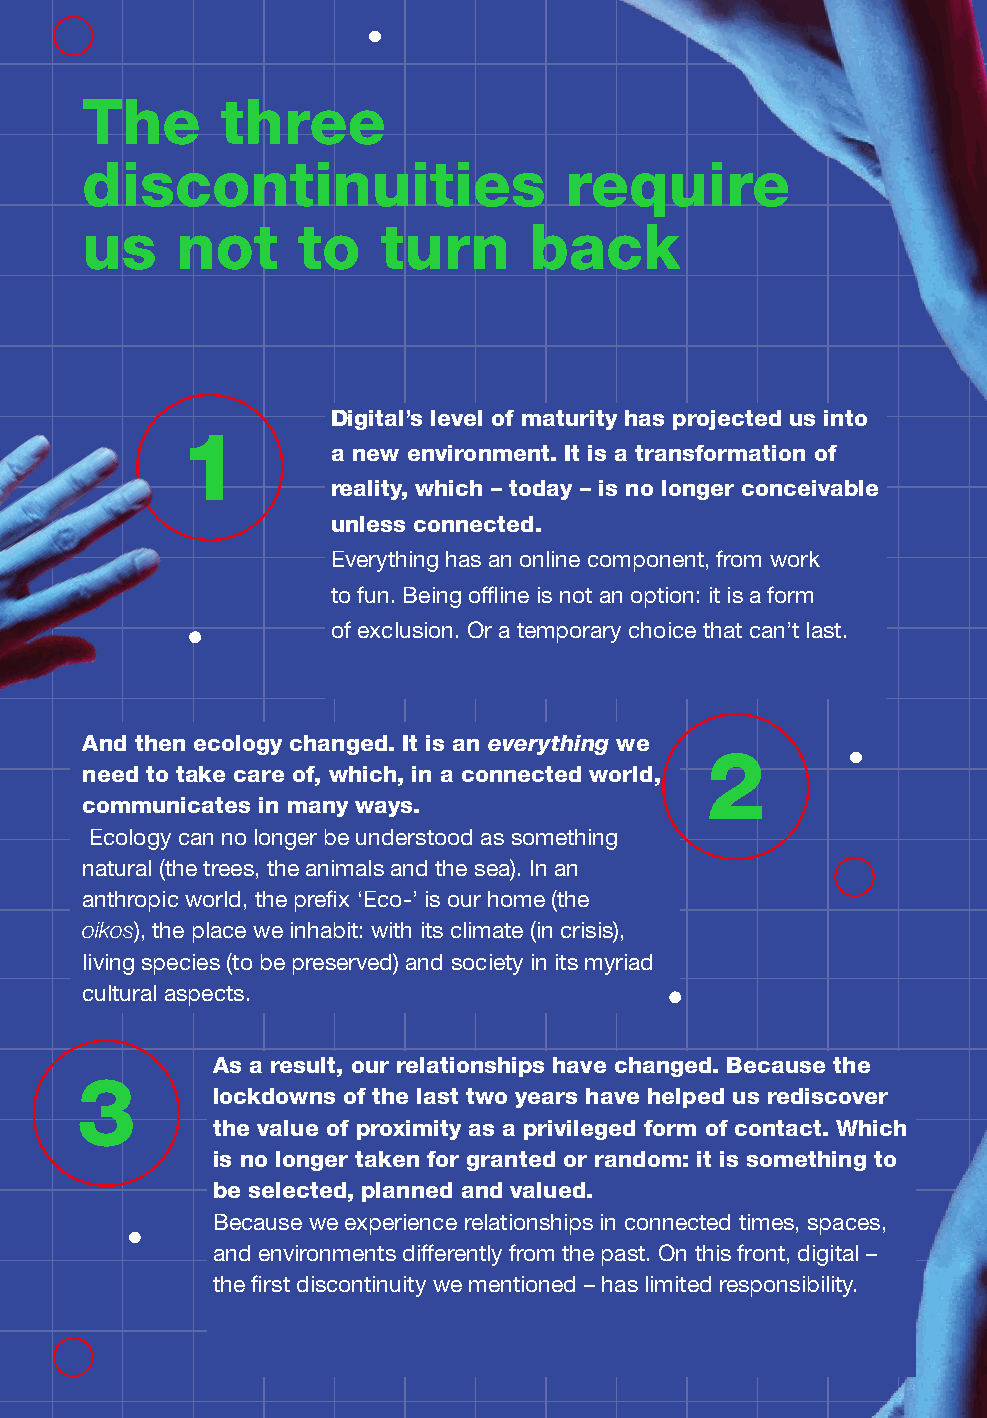
20       weconomy                         milan 45°27′50.98″N 9°11′25.21″E
 The       three
 discontinuities                 require
 us     not     to   turn      back
 Digital’s level of maturity has projected us into
 1
 a new environment. It is a transformation of
 reality, which – today – is no longer conceivable
 unless connected.
 Everything has an online component, from work
 to fun. Being offline is not an option: it is a form
 of exclusion. Or a temporary choice that can’t last.
 And then ecology changed. It is an everything we
 2
 need to take care of, which, in a connected world,
 communicates in many ways.
 Ecology can no longer be understood as something
 natural (the trees, the animals and the sea). In an
 anthropic world, the prefix ‘Eco-’ is our home (the
 oikos), the place we inhabit: with its climate (in crisis),
 living species (to be preserved) and society in its myriad
 cultural aspects.
 As a result, our relationships have changed. Because the
 3
 lockdowns of the last two years have helped us rediscover
 the value of proximity as a privileged form of contact. Which
 is no longer taken for granted or random: it is something to
 be selected, planned and valued.
 Because we experience relationships in connected times, spaces,
 and environments differently from the past. On this front, digital –
 the first discontinuity we mentioned – has limited responsibility.